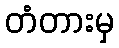
တံတားမှ